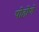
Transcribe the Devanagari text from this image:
पोहोणे